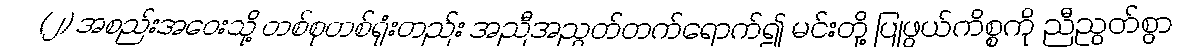
(၂) အစည်းအဝေးသို့ တစ်စုတစ်ရုံးတည်း အညီအညွတ်တက်ရောက်၍ မင်းတို့ ပြုဖွယ်ကိစ္စကို ညီညွတ်စွာ